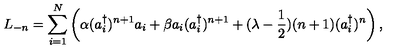
L _ { - n } = \sum _ { i = 1 } ^ { N } \left( \alpha ( a _ { i } ^ { \dagger } ) ^ { n + 1 } a _ { i } + \beta a _ { i } ( a _ { i } ^ { \dagger } ) ^ { n + 1 } + ( \lambda - { \frac { 1 } { 2 } } ) ( n + 1 ) ( a _ { i } ^ { \dagger } ) ^ { n } \right) ,